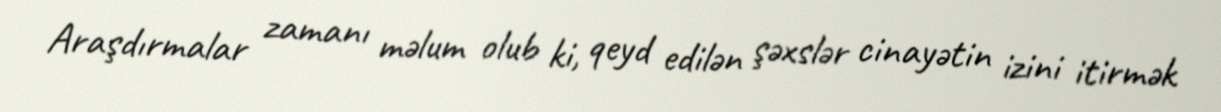
Araşdırmalar zamanı məlum olub ki, qeyd edilən şəxslər cinayətin izini itirmək